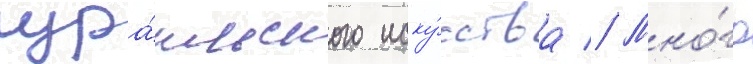
изра́ильского иску́сства // Мно́го